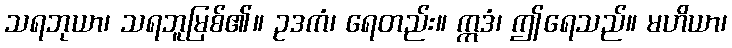
သရဘုယာ၊ သရဘူမြစ်၏။ ဥဒကံ၊ ရေတည်း။ ဣဒံ၊ ဤရေသည်။ မဟိယာ၊